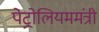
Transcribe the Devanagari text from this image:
पेट्रोलियममंत्री